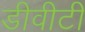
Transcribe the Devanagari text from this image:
डीवीटी